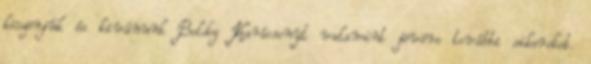
köszönjük és kivánunk Boldog Karácsonyt valamint jövöre további sikereket.